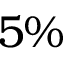
5 \%